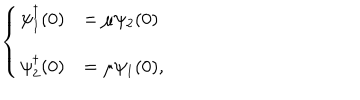
LaTeX: \left\{ \begin{array} { l l } { { \psi _ { 1 } ^ { \dagger } ( 0 ) } } & { { = \mu \psi _ { 2 } ( 0 ) } } \\ { { \psi _ { 2 } ^ { \dagger } ( 0 ) } } & { { = \mu \psi _ { 1 } ( 0 ) , } } \\ \end{array} \right.